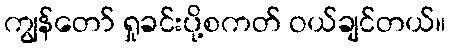
ကျွန်တော် ရှုခင်းပို့စကတ် ဝယ်ချင်တယ်။